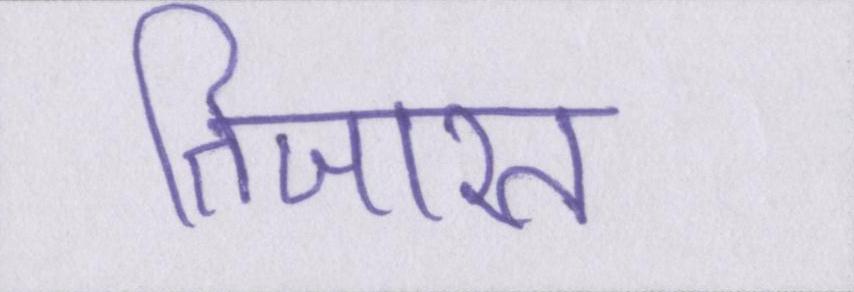
तिजारत